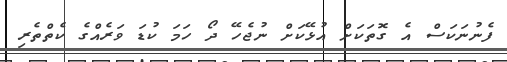
ފެނުނަކަސް އެ ގޮތަކަށް އުޅޭކަށް ނުޖެހޭ ދޯ ހަމަ ކުޑަ ވަރެއްގެ ކެތްތެރި